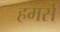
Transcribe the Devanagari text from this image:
हमर्स